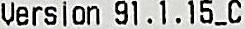
VERSION 91.1.15_C